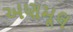
અણમૂલ